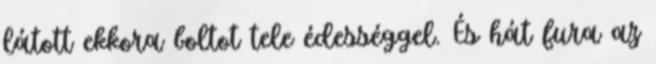
látott ekkora boltot tele édességgel. És hát fura az